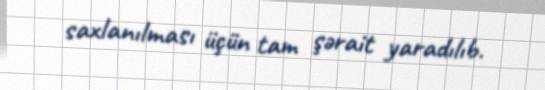
saxlanılması üçün tam şərait yaradılıb.